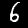
Label: 6